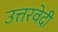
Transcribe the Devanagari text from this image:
उत्तरवेदी